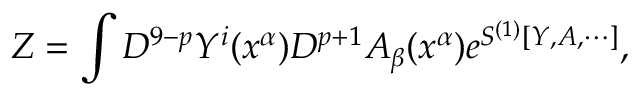
Z = \int D ^ { 9 - p } Y ^ { i } ( x ^ { \alpha } ) D ^ { p + 1 } A _ { \beta } ( x ^ { \alpha } ) e ^ { S ^ { ( 1 ) } [ Y , A , \cdots ] } ,